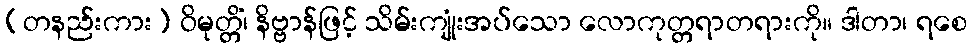
(တနည်းကား) ဝိမုတ္တိံ၊ နိဗ္ဗာန်ဖြင့် သိမ်းကျုံးအပ်သော လောကုတ္တရာတရားကို။ ဒါတာ၊ ရစေ